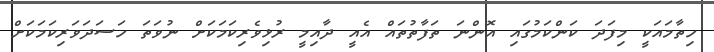
ހިތާމައަކީ މިފަދަ ކަންކަމުގައި އޮންނަ ތަފާތުތައް އެއީ ދާއިމީ ރުޅިވެރިކަމަކަށް ނުވަތަ ހަސަދަވަރިކަމަކަށް